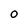
Character: 0